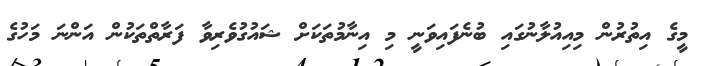
މީގެ އިތުރުން މިއިއުލާނުގައި ބުނެފައިވަނީ މި އިނާމުތަކަށް ޝައުގުވެރިވާ ފަރާތްތަކުން އަންނަ މަހުގެ